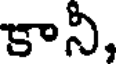
కాని,